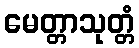
မေတ္တာသုတ္တံ